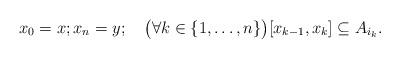
LaTeX: \begin{align*}x_0=x;x_n=y;\quad\big(\forall k\in\{1,\ldots,n\}\big)[x_{k-1},x_k]\subseteq A_{i_k}.\end{align*}